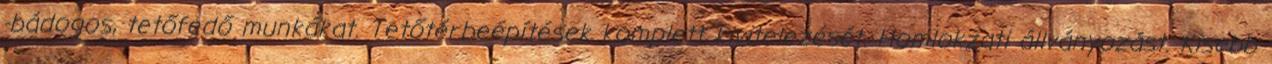
-bádogos, tetőfedő munkákat. Tetőtérbeépítések komplett kivitelezését. Homlokzati állványozást. Kisebb